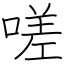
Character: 嗟